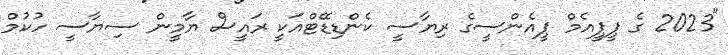
"2023 ގެ ޕީޕީއެމް ޕީއެންސީގެ ރިޔާސީ ކެންޑިޑޭޓްއަކީ ރައީސް ޔާމީން ސިޔާސީ ހުކުމް